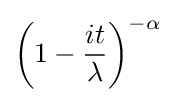
\left(1-{\frac {it}{\lambda }}\right)^{-\alpha }